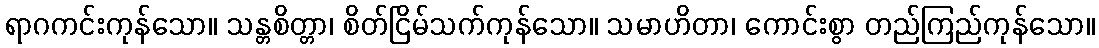
ရာဂကင်းကုန်သော။ သန္တစိတ္တာ၊ စိတ်ငြိမ်သက်ကုန်သော။ သမာဟိတာ၊ ကောင်းစွာ တည်ကြည်ကုန်သော။